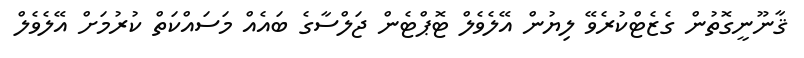
ޤާނޫނީގޮތުން ގެޒެޓްކުރެވޭ ލިޔުން އޭލެވެލް ޓޮޕްޓެން ޖަލްސާގެ ބައެއް މަސައްކަތް ކުރުމަށް އޭލެވެލް